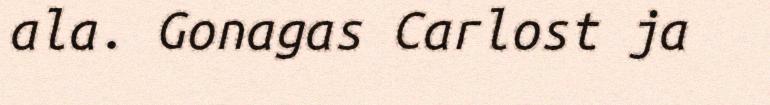
ala. Gonagas Carlost ja